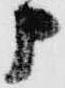
申